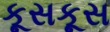
કૂસકૂસ